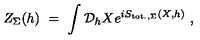
Z _ { \Sigma } ( h ) \ = \ \int { \mathcal D } _ { h } X e ^ { i S _ { \mathrm { t o t . , } \Sigma } ( X , h ) } \ ,